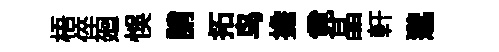
梧倅廻悞誚拓鸟擔竟晶軒邈